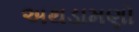
અથડામણો